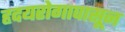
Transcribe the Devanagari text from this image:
हृदयरोगापासून